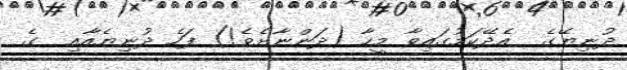
ދުނިޔޭގެ  އެދޭކަމުގައިވާ މީހާ (ދަންނާށެވެ!) ފަހެ ދުނިޔެއާއި  ގެ